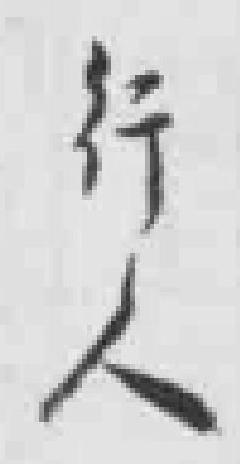
行人